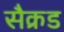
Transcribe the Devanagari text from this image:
सैक्रड